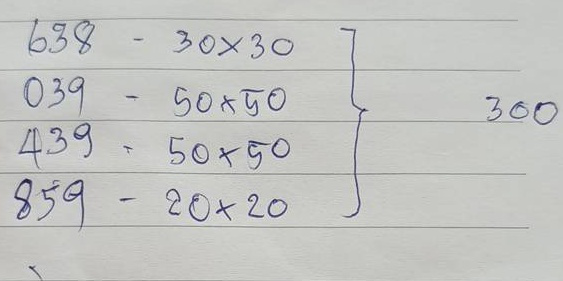
680 - 30 x 30 = 300
039 - 50 x 50 = 300
439 - 50 x 50 = 300
859 - 20 x 20 = 300